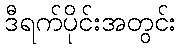
ဒီရက်ပိုင်းအတွင်း